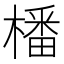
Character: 橎